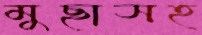
মুছাসহ